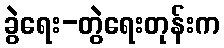
ခွဲရေး-တွဲရေးတုန်းက